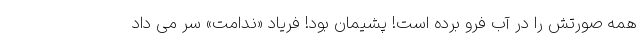
همه صورتش را در آب فرو برده است! پشیمان بود! فریاد «ندامت» سر می داد